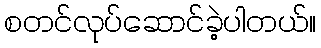
စတင်လုပ်ဆောင်ခဲ့ပါတယ်။